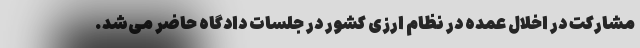
مشارکت در اخلال عمده در نظام ارزی کشور در جلسات دادگاه حاضر می‌شد.